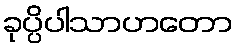
ခုပ္ပိပါသာဟတော